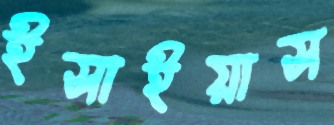
ইসাইয়াস